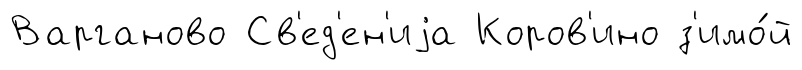
Варганово Св'ед'ен'иjа Коров'ино з'имо́й